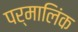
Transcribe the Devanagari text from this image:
पर्मालिंक